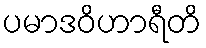
ပမာဒဝိဟာရီတိ